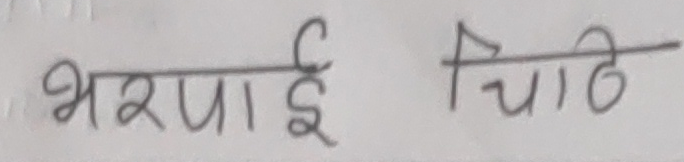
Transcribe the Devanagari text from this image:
भरपाई चिठ्ठि